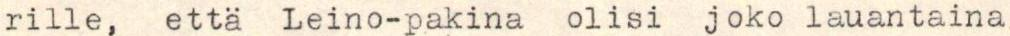
rille, että Leino-pakina olisi joko lauantaina